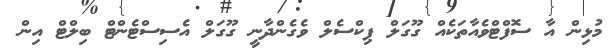
މުޅިން އާ ސޮފްޓްވެއާތަކެއް ގޫގަލް ޕިކްސެލް ވެގެންދާނީ ގޫގަލް އެސިސްޓެންޓް ބިލްޓް އިން